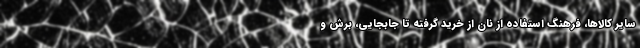
سایر کالاها، فرهنگ استفاده از نان از خرید گرفته تا جابجایی، برش و